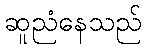
ဆူညံနေသည်